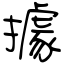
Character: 據